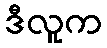
ဒီလူက